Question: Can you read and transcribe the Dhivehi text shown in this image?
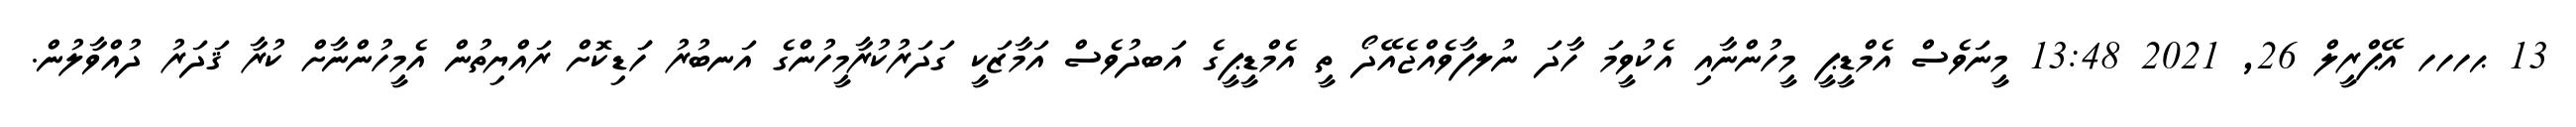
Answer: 13 ޙހހހ އޭޕްރީލް 26, 2021 13:48 މީނަވެސް އެމްޑީޕީ މީހުންނާއި އެކުވީމަ ހާދަ ނުލފާވެއްޖެއޭދޯ ތީ އެމްޑީޕީގެ އަބދުވެސް އަމާޒަކީ ގަދަރުކުރާމީހުންގެ އަނބުރު ހަަޑިކޮށް ރައްޔިތުން އެމީހުންނާށް ކުރާ ޤަދަރު ދުއްވާލުން.